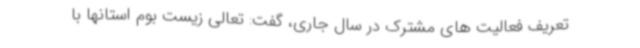
تعریف فعالیت های مشترک در سال جاری، گفت: تعالی زیست بوم استانها با